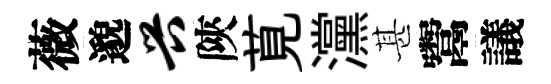
薇邈兴陝莧灙甚鬻議